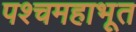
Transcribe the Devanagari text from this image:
पश्चमहाभूत